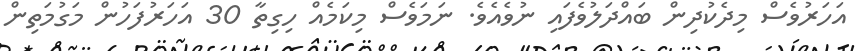
އަހަރުވެސް މިދެކުދިން ބައްދަލުވެފައި ނުވެއެވެ. ނަމަވެސް މިކަމެއް ހިގިތާ 30 އަހަރުފަހުން މަގުމަތިން